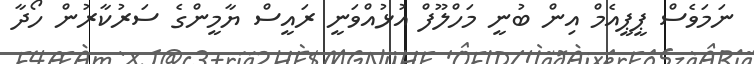
ނަމަވެސް ޕީޕީއެމް އިން ބުނީ މަހްލޫފް އުޅުއްވަނީ ރައީސް ޔާމީންގެ ސަރުކާރުން ހޯދާ